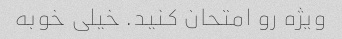
ویژه رو امتحان کنید. خیلی خوبه